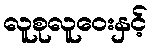
လူစုလူဝေးနှင့်